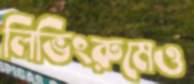
লিভিংরুমেও